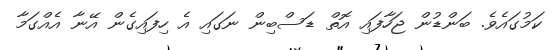
ކަމުގައެވެ. ބަންޑުން ޖަހާފައި އޮތް ޑަސްބިން ނަގައި އެ ހިފައިގެން އޭނާ އެއްގަމާ